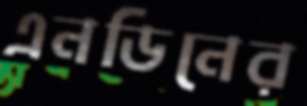
এনডিনের